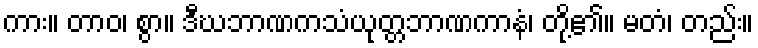
ကား။ တာဝ၊ စွာ။ ဒီဃဘာဏကသံယုတ္တဘာဏကာနံ၊ တို့၏။ မတံ၊ တည်း။